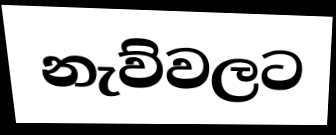
නැව්වලට